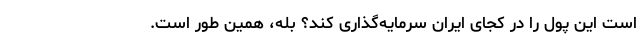
است این پول را در کجای ایران سرمایه‌گذاری کند؟ بله، همین طور است.